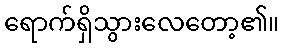
ရောက်ရှိသွားလေတော့၏။